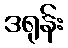
ဒရုန်း